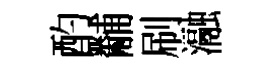
酌黼刷瀜